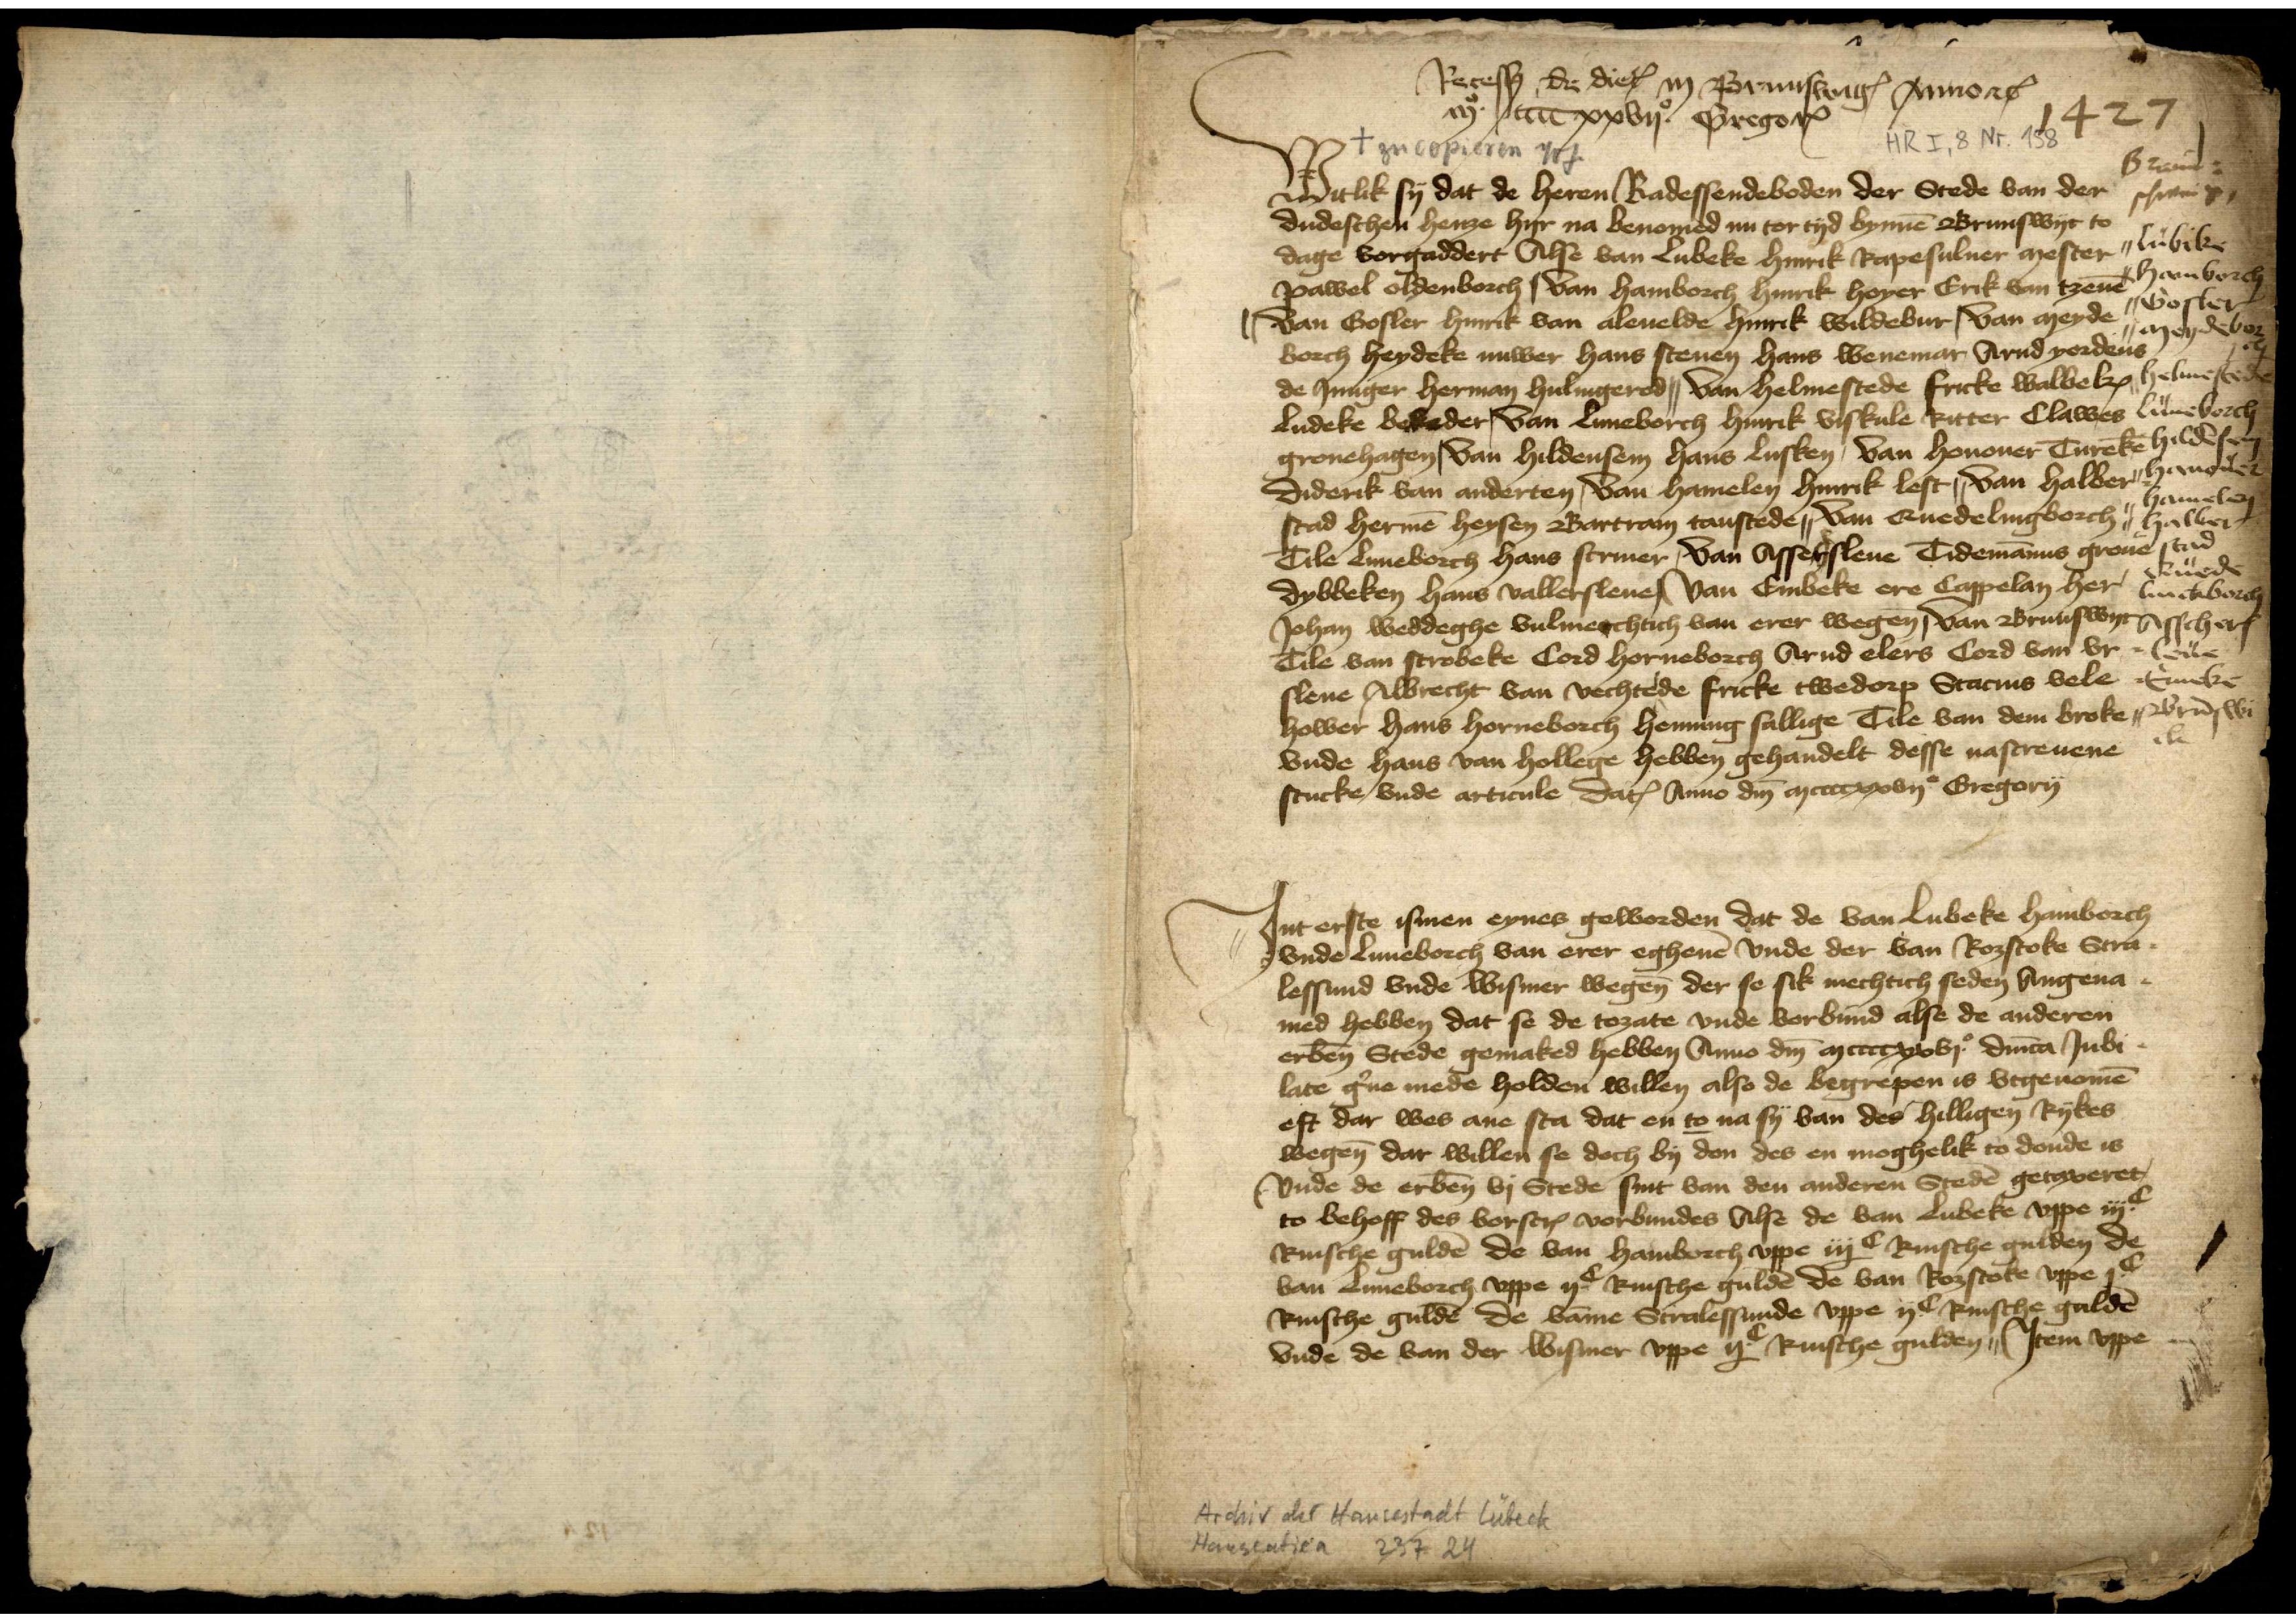
Recessus de diem in Brunswigensis Anno etcetera
mo cccc xxvijo Gregorij

1427

Witlik sy dat de heren Radessendeboden der Stede van der
dudeschen henze hyr na benomed nu tor tyd bynnen Brunswyc to
dage vorgaddert Alse van Lubeke Hinrik Papesuluer mester
Pawel Oldenborch, van Hamborch Hinrik Hoyer Erik van Tzeuen
van Gosler Hinrik van Aleuelde Hinrik Wildebur, van Meyde¬
borch Heydeke Nuwer Hans Stenen Hans Wenemar Arnd Yordens
de Junger Herman Hulnigerod || van Helmestede Fricke Walbekken
Ludeke Bekeder | van Luneborch Hinrik Viskule Ritter Clawes
Gronehagen | van Hildensem Hans Lusken | van Honouer Tureken
Diderik van Anderten | van Hamelen Hinrik Lest || van Halber¬
stad Hermen Heysen Bartram Taustede || van Quedelingborch
Tile Luneborch Hans Scriuer | van Assersleue Tidemannus Groue
Dybbeken Hans Vallersleue | van Embeke ere Cappelan her
Johan Weddeghe vulmechtich van erer wegen | van Brunswyc
Tile van Strobeke Cord Horneborch Arnd Elers Cord van Vr¬
slene Albrecht van Vechtede Fricke Twedorp Stacius Vele¬
hower Hans Horneborch Henning Sallige Tile van dem Broke
vnde Hans van Hollege hebben gehandelt desse nascreuene
stucke vnde articule datum Anno domini mccccxxvijo Gregorij

Jnt erste ismen eynes geworden dat de van Lubeke Hamborch 
vnde Luneborch van erer eghene vnde der van Rozstoke Stra¬
lessund vnde Wismer wegen̄ der se sik mechtich seden Angena¬
med hebben dat se de tozate vnde vorbund alse de anderen
erben̄ Stede gemaked hebben Anno dm̄ mccccxxvjo Jubi¬
late g̉ne mede holden willen also de begrepen is vtgenomē
eft dar wes ane sta dat en to na sy van des hilligen Rykes
wegen̄ dar willen se doch by don des en moghelik to donde is
vnde de erben̄ vj Stede sint van den anderen Stedē getaxeret
to behoff des vorscrꝬ verbundes Alse de van Lubeke vppe iijC
Rinsche guldē de van Hamborch vppe iijC Rinsche gulden de
van Luneborch vppe ijC Rinsche guldē de van Rozstoke vppe jC
Rinsche guldē de vāme Stralessunde vppe ijC Rinsche guldē
vnde de van der Wismer vppe ijC Rinsche gulden || Jtem vppe

Braun¬
schweig

Lubeke
Hamborch
Goslar
Merseborch
Helmstede
Luneborch
Hildēsem
Hanouer
Hamelen
Halber¬
stad
Quede¬
linckborch
Asschers¬
leue
Eineke
Brūswi¬
ck